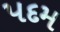
પદમ